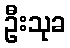
ဦးသုခ